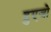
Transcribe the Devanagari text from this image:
हुएजो